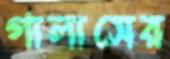
গালাসের